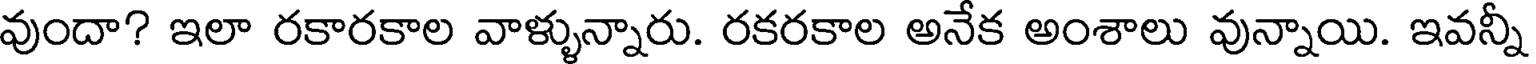
వుందా? ఇలా రకారకాల వాళ్ళున్నారు. రకరకాల అనేక అంశాలు వున్నాయి. ఇవన్నీ